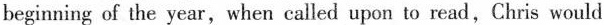
beginning of the year,when called upon to read,Chris would